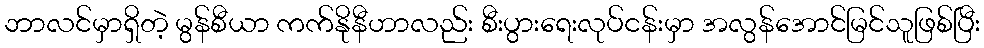
ဘာလင်မှာရှိတဲ့ မွန်စီယာ ကက်နိုနီဟာလည်း စီးပွားရေးလုပ်ငန်းမှာ အလွန်အောင်မြင်သူဖြစ်ပြီး